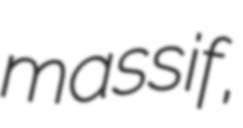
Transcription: massif,